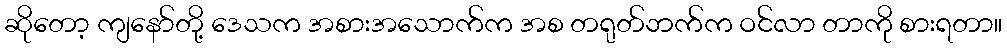
ဆိုတော့ ကျနော်တို့ ဒေသက အစားအသောက်က အစ တရုတ်ဘက်က ဝင်လာ တာကို စားရတာ။